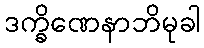
ဒက္ခိဏေနာဘိမုခါ